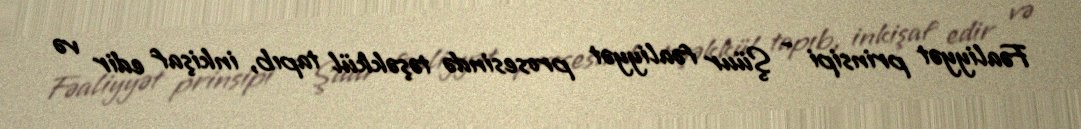
Fəaliyyət prinsipi - Şüur fəaliyyət prosesində təşəkkül tapıb, inkişaf edir və